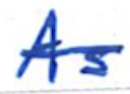
Text: As
Cross-out: single-line
Writing tool: ballpoint